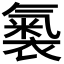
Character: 𧜚